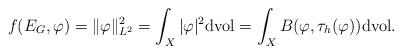
LaTeX: \begin{align*}f(E_G,\varphi)=\|\varphi\|_{L^2}^2=\int_{X}|\varphi|^2\mathrm{dvol}=\int_{X}B(\varphi,\tau_h(\varphi))\mathrm{dvol}.\end{align*}